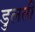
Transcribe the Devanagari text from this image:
डुलती